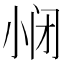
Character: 𱚥